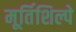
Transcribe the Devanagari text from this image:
मूर्तिशिल्पे